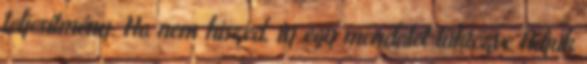
teljesítmény. Ha nem hiszed, írj egy mondatot tükrözve Adjuk